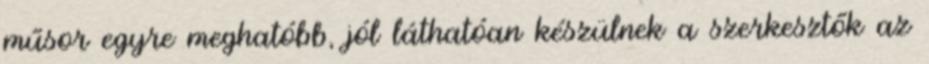
műsor egyre meghatóbb, jól láthatóan készülnek a szerkesztők az